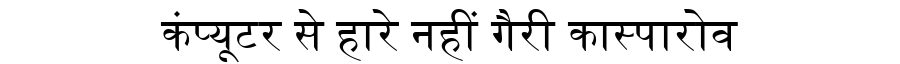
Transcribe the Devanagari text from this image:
कंप्यूटर से हारे नहीं गैरी कास्पारोव